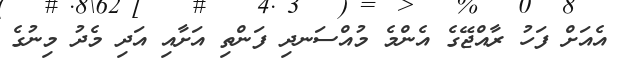
އެއަށް ފަހު ރާއްޖޭގެ އެންމެ މުއްސަނދި ފަންތި އަށާއި އަދި މެދު މިނުގެ